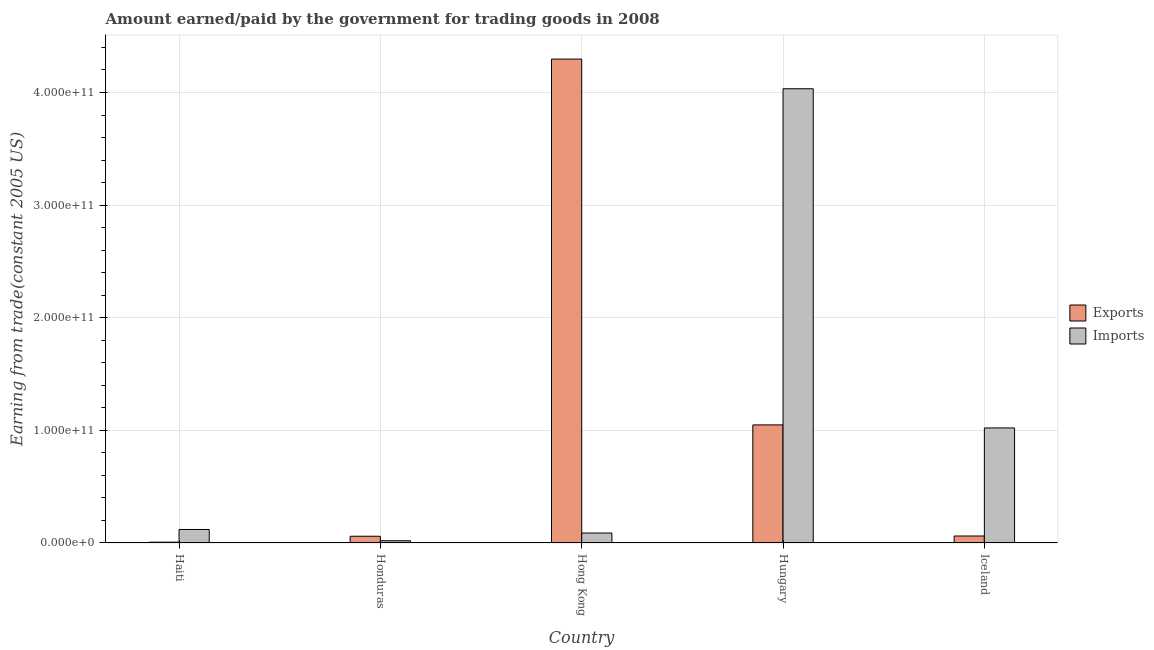
| Country | Exports | Imports |
 | --- | --- | --- |
 | Haiti | 7.15e+08 | 1.2e+10 |
 | Honduras | 5.99e+09 | 1.99e+09 |
 | Hong Kong | 4.3e+11 | 8.85e+09 |
 | Hungary | 1.05e+11 | 4.03e+11 |
 | Iceland | 6.21e+09 | 1.02e+11 |